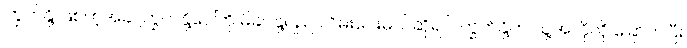
ကြွက်နို့ ဖြစ်တဲ့အခါ ကြွက်နို့ပေါ်ကို မိခင်နို့ရည် လိမ်းပေးမယ်ဆိုရင် ကြွက်နို့က သူ့အလိုလို ခြောက်ပြီး